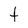
Character: t